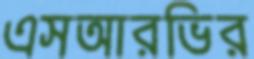
এসআরভির